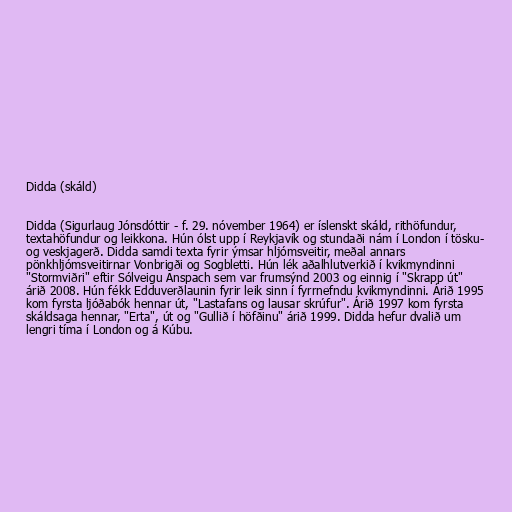
Didda (skáld)

Didda (Sigurlaug Jónsdóttir - f. 29. nóvember 1964) er íslenskt skáld, rithöfundur,
textahöfundur og leikkona. Hún ólst upp í Reykjavík og stundaði nám í London í tösku-
og veskjagerð. Didda samdi texta fyrir ýmsar hljómsveitir, meðal annars
pönkhljómsveitirnar Vonbrigði og Sogbletti. Hún lék aðalhlutverkið í kvikmyndinni
"Stormviðri" eftir Sólveigu Anspach sem var frumsýnd 2003 og einnig í "Skrapp út"
árið 2008. Hún fékk Edduverðlaunin fyrir leik sinn í fyrrnefndu kvikmyndinni. Árið 1995
kom fyrsta ljóðabók hennar út, "Lastafans og lausar skrúfur". Árið 1997 kom fyrsta
skáldsaga hennar, "Erta", út og "Gullið í höfðinu" árið 1999. Didda hefur dvalið um
lengri tíma í London og á Kúbu.